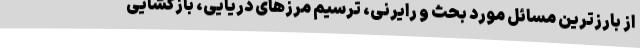
از بارزترین مسائل مورد بحث و رایرنی، ترسیم مرزهای دریایی، بازگشایی